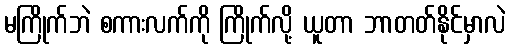
မကြိုက်ဘဲ စကားလက်ကို ကြိုက်လို့ ယူတာ ဘာတတ်နိုင်မှာလဲ